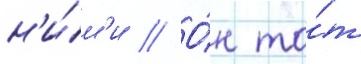
н'и́м'и // О́н то́т